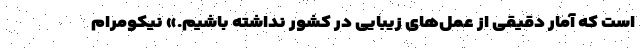
است که آمار دقیقی از عمل‌های زیبایی در کشور نداشته باشیم.» نیکومرام